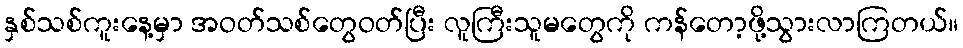
နှစ်သစ်ကူးနေ့မှာ အဝတ်သစ်တွေဝတ်ပြီး လူကြီးသူမတွေကို ကန်တော့ဖို့သွားလာကြတယ်။